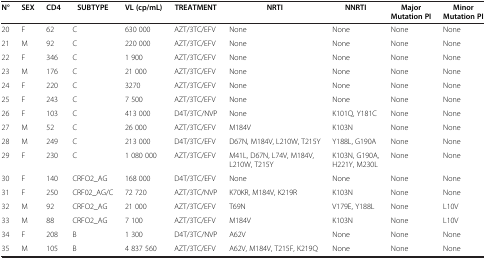
<table><thead><tr><td><b>N°</b></td><td><b>SEX</b></td><td><b>CD4</b></td><td><b>SUBTYPE</b></td><td><b>VL (cp/mL)</b></td><td><b>TREATMENT</b></td><td><b>NRTI</b></td><td><b>NNRTI</b></td><td><b>Major Mutation PI</b></td><td><b>Minor Mutation PI</b></td></tr></thead><tbody><tr><td>20</td><td>F</td><td>62</td><td>C</td><td>630 000</td><td>AZT/3TC/EFV</td><td>None</td><td>None</td><td>None</td><td>None</td></tr><tr><td>21</td><td>M</td><td>92</td><td>C</td><td>220 000</td><td>AZT/3TC/EFV</td><td>None</td><td>None</td><td>None</td><td>None</td></tr><tr><td>22</td><td>F</td><td>346</td><td>C</td><td>1 900</td><td>AZT/3TC/EFV</td><td>None</td><td>None</td><td>None</td><td>None</td></tr><tr><td>23</td><td>M</td><td>176</td><td>C</td><td>21 000</td><td>AZT/3TC/EFV</td><td>None</td><td>None</td><td>None</td><td>None</td></tr><tr><td>24</td><td>F</td><td>220</td><td>C</td><td>3270</td><td>AZT/3TC/EFV</td><td>None</td><td>None</td><td>None</td><td>None</td></tr><tr><td>25</td><td>F</td><td>243</td><td>C</td><td>7 500</td><td>AZT/3TC/EFV</td><td>None</td><td>None</td><td>None</td><td>None</td></tr><tr><td>26</td><td>F</td><td>103</td><td>C</td><td>413 000</td><td>D4T/3TC/NVP</td><td>None</td><td>K101Q, Y181C</td><td>None</td><td>None</td></tr><tr><td>27</td><td>M</td><td>52</td><td>C</td><td>26 000</td><td>AZT/3TC/EFV</td><td>M184V</td><td>K103N</td><td>None</td><td>None</td></tr><tr><td>28</td><td>M</td><td>249</td><td>C</td><td>213 000</td><td>D4T/3TC/EFV</td><td>D67N, M184V, L210W, T215Y</td><td>Y188L, G190A</td><td>None</td><td>None</td></tr><tr><td>29</td><td>F</td><td>230</td><td>C</td><td>1 080 000</td><td>AZT/3TC/EFV</td><td>M41L, D67N, L74V, M184V, L210W, T215Y</td><td>K103N, G190A, H221Y, M230L</td><td>None</td><td>None</td></tr><tr><td>30</td><td>F</td><td>140</td><td>CRFO2_AG</td><td>168 000</td><td>D4T/3TC/EFV</td><td>None</td><td>None</td><td>None</td><td>None</td></tr><tr><td>31</td><td>F</td><td>250</td><td>CRF02_AG/C</td><td>72 720</td><td>AZT/3TC/NVP</td><td>K70KR, M184V, K219R</td><td>K103N</td><td>None</td><td>None</td></tr><tr><td>32</td><td>M</td><td>92</td><td>CRFO2_AG</td><td>21 000</td><td>AZT/3TC/EFV</td><td>T69N</td><td>V179E, Y188L</td><td>None</td><td>L10V</td></tr><tr><td>33</td><td>M</td><td>88</td><td>CRFO2_AG</td><td>7 100</td><td>AZT/3TC/EFV</td><td>M184V</td><td>K103N</td><td>None</td><td>L10V</td></tr><tr><td>34</td><td>F</td><td>208</td><td>B</td><td>1 300</td><td>D4T/3TC/NVP</td><td>A62V</td><td>None</td><td>None</td><td>None</td></tr><tr><td>35</td><td>M</td><td>105</td><td>B</td><td>4 837 560</td><td>AZT/3TC/EFV</td><td>A62V, M184V, T215F, K219Q</td><td>None</td><td>None</td><td>None</td></tr></tbody></table>